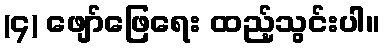
(၄) ဖျော်ဖြေရေး ထည့်သွင်းပါ။